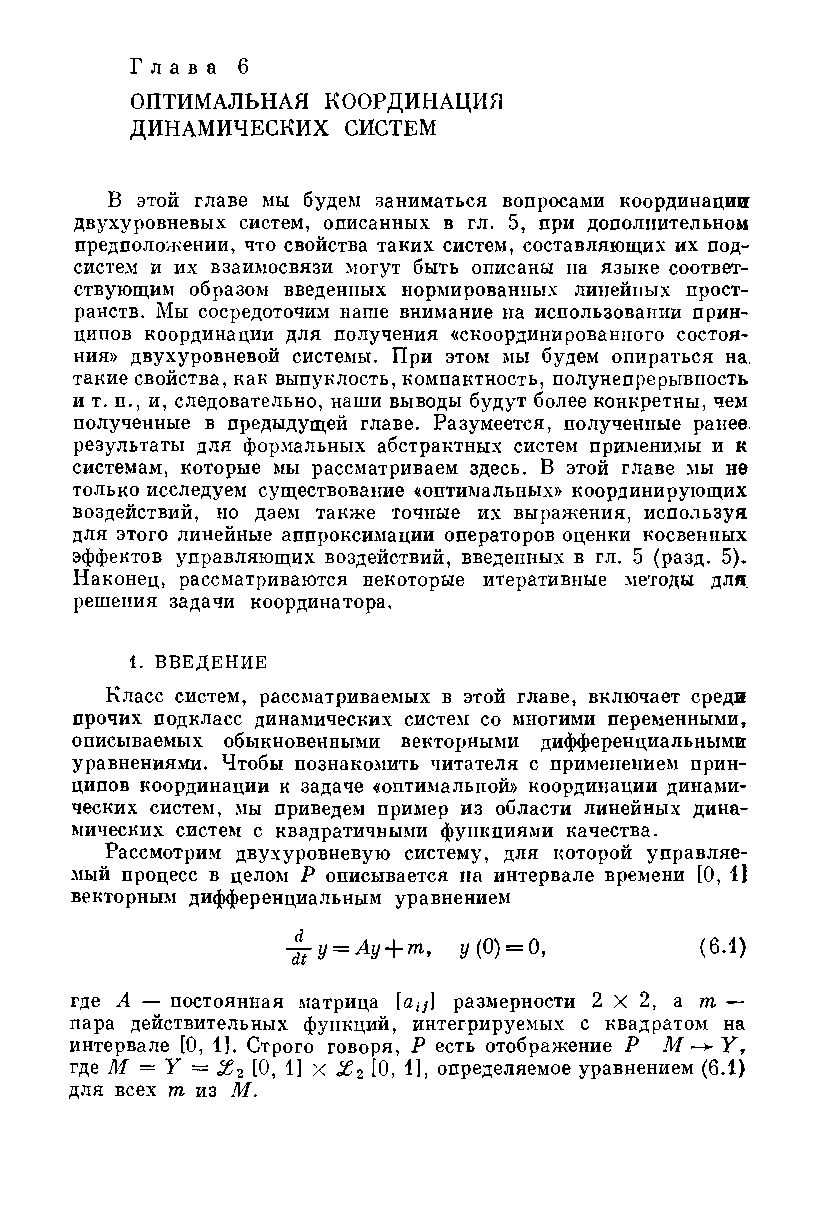
Г л а в а 6
 ОПТИМАЛЬНАЯ  КООРДИНАЦИЯ
 ДИНАМИЧЕСКИХ  СИСТЕМ
 В этой главе мы будем заниматься вопросами координации
 двухуровневых систем, описанных в гл. 5, при дополнительном
 предположении, что свойства таких систем, составляющих их под­
 систем и их взаимосвязи могут быть описаны на языке соответ­
 ствующим образом введенных нормированных линейных прост­
 ранств. Мы сосредоточим наше внимание на использовании прин­
 ципов координации для получения «скоординированного состоя­
 ния» двухуровневой системы. При этом мы будем опираться на.
 такие свойства, как выпуклость, компактность, полунепрерывность
 и т. п., и, следовательно, наши выводы будут более конкретны, чем
 полученные в предыдущей главе. Разумеется, полученные ранее,
 результаты для формальных абстрактных систем применимы и к
 системам, которые мы рассматриваем здесь. В этой главе мы не
 только исследуем существование «оптимальных» координирующих
 воздействий, но даем также точные их выражения, используя
 для этого линейные аппроксимации операторов оценки косвенных
 эффектов управляющих воздействий, введенных в гл. 5 (разд. 5).
 Наконец, рассматриваются некоторые итеративные методы для
 решения задачи координатора.
 1. ВВЕДЕНИЕ
 Класс систем, рассматриваемых в этой главе, включает среди
 прочих подкласс динамических систем со многими переменными,
 описываемых обыкновенными векторными дифференциальными
 уравнениями. Чтобы познакомить читателя с применением прин­
 ципов координации к задаче «оптимальной» координации динами­
 ческих систем, мы приведем пример из области линейных дина­
 мических систем с квадратичными функциями качества.
 Рассмотрим двухуровневую систему, для которой управляе­
 мый процесс в целом Р описывается на интервале времени [0, 11
 векторным дифференциальным уравнением
 у = Ау + тп, у (0) = 0,  (6.1)
 где А — постоянная матрица [а^] размерности 2x2, a m —
 пара действительных функций, интегрируемых с квадратом на
 интервале [0, 1]. Строго говоря, Р есть отображение Р М -> У,
 где М = Y = X 2 [0, 1] X Хг [0, 1], определяемое уравнением (6.1)
 для всех тп из М.